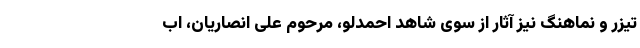
تیزر و نماهنگ نیز آثار از سوی شاهد احمدلو، مرحوم علی انصاریان، اب